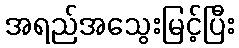
အရည်အသွေးမြင့်ပြီး